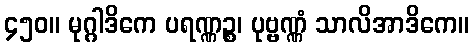
၄၅၀။ မုဂ္ဂါဒိကေ ပရဏ္ဏဉ္စ၊ ပုဗ္ဗဏ္ဏံ သာလိအာဒိကေ။